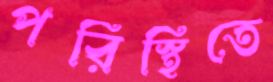
পরিস্থিতে